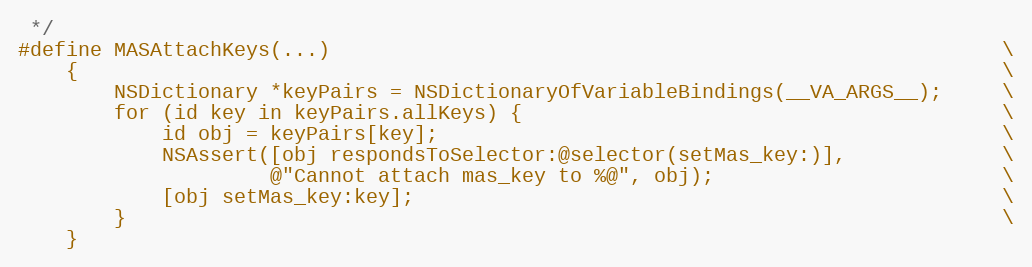
Language: C
 */
#define MASAttachKeys(...)                                                        \
    {                                                                             \
        NSDictionary *keyPairs = NSDictionaryOfVariableBindings(__VA_ARGS__);     \
        for (id key in keyPairs.allKeys) {                                        \
            id obj = keyPairs[key];                                               \
            NSAssert([obj respondsToSelector:@selector(setMas_key:)],             \
                     @"Cannot attach mas_key to %@", obj);                        \
            [obj setMas_key:key];                                                 \
        }                                                                         \
    }